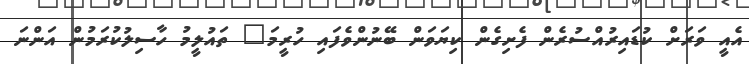
އެއީ ވަރަށް ކުޑައިރުއްސުރެން ފެށިގެން ކިޔަވަން ބޭނުންވެފައި ހުރީމަ" ތައުލީމު ހާސިލުކުރަމުން އަންނަ